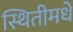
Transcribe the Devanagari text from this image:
स्थितीमधे